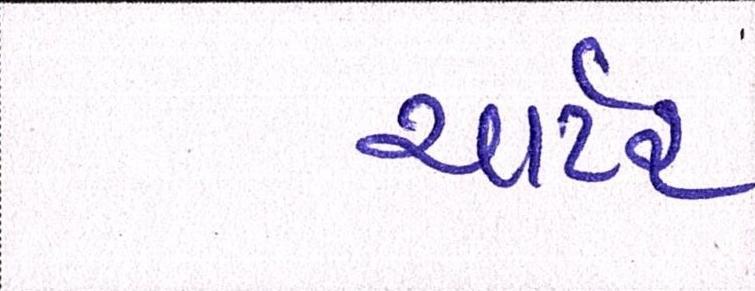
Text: ચાર્ટર